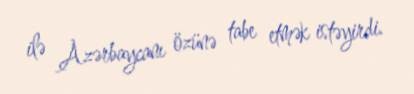
ilə Azərbaycanı özünə tabe etmək istəyirdi.